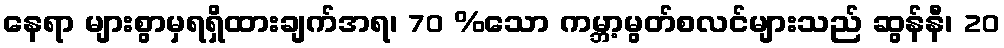
နေရာ များစွာမှရရှိထားချက်အရ၊ 70 %သော ကမ္ဘာ့မွတ်စလင်များသည် ဆွန်နီ၊ 20